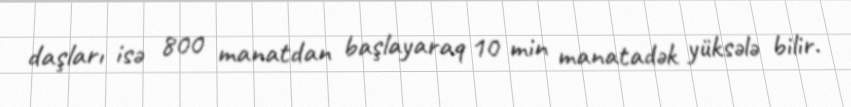
daşları isə 800 manatdan başlayaraq 10 min manatadək yüksələ bilir.